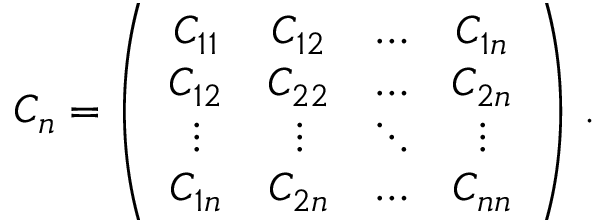
C _ { n } = \left( \begin{array} { c c c c } { C _ { 1 1 } } & { C _ { 1 2 } } & { \ldots } & { C _ { 1 n } } \\ { C _ { 1 2 } } & { C _ { 2 2 } } & { \ldots } & { C _ { 2 n } } \\ { \vdots } & { \vdots } & { \ddots } & { \vdots } \\ { C _ { 1 n } } & { C _ { 2 n } } & { \ldots } & { C _ { n n } } \end{array} \right) \, .